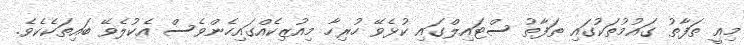
މިއީ ތަފާތު ގައުމުތަކުގައި ތަފާތު ސްޓައިލްގައި ކުޅެވޭ ހުރިހާ މިއުޒިކެއްގައިހެންވެސް އެކުލެވޭ ބައިތަކެކެވެ.